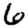
Digit: 6